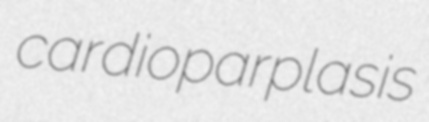
cardioparplasis